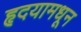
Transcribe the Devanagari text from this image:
हृदयामधून